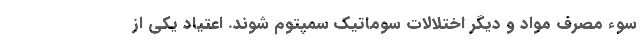
سوء مصرف مواد و دیگر اختلالات سوماتیک سمپتوم شوند. اعتیاد یکی از